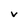
Character: v